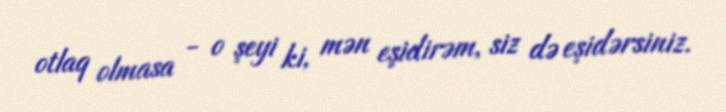
otlaq olmasa - o şeyi ki, mən eşidirəm, siz də eşidərsiniz.